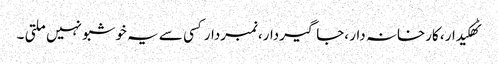
ٹھکیدار، کارخانہ دار ،جاگیردار،نمبردارکسی سے یہ خوشبو نہیں ملتی ۔